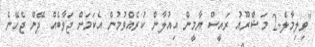
"ވިލިމާލެ-2 މަޝްރޫއު ރައީސް ޔާމީން އިއުލާން ކުރެއްވުމުން އެކަމަށް ޖަވާބެއް ދޭން ޖެހޭނެ